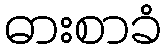
ဓားစာခံ